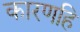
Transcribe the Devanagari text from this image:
कारणहि